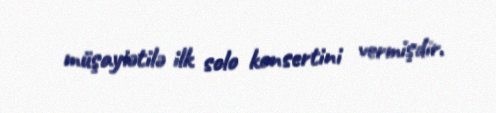
müşayiətilə ilk solo konsertini vermişdir.